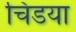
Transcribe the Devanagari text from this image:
चिडया